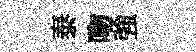
泰吻強